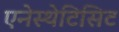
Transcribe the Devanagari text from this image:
एनेस्थेटिसिट